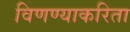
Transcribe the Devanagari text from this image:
विणण्याकरिता